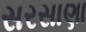
સરસાણા